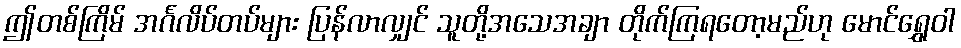
ဤတစ်ကြိမ် အင်္ဂလိပ်တပ်များ ပြန်လာလျှင် သူတို့အသေအချာ တိုက်ကြရတော့မည်ဟု မောင်ရွှေဝါ